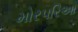
મોરપરિઆ